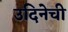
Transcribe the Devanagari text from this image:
उदिनेची